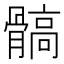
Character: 髇